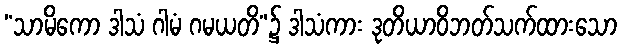
“သာမိကော ဒါသံ ဂါမံ ဂမယတိ”၌ ဒါသံကား ဒုတိယာဝိဘတ်သက်ထားသော